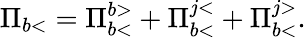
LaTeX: \Pi_{b<}=\Pi_{b<}^{b>}+\Pi_{b<}^{j<}+\Pi_{b<}^{j>}.